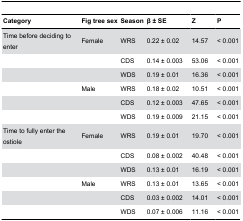
<table><thead><tr><td><b>Category</b></td><td><b>Fig tree sex</b></td><td><b>Season</b></td><td><b>β ± SE</b></td><td><b>Z</b></td><td><b>P</b></td></tr></thead><tbody><tr><td>Time before deciding to enter</td><td>Female</td><td>WRS</td><td>0.22 ± 0.02</td><td>14.57</td><td>&lt; 0.001</td></tr><tr><td></td><td></td><td>CDS</td><td>0.14 ± 0.003</td><td>53.06</td><td>&lt; 0.001</td></tr><tr><td></td><td></td><td>WDS</td><td>0.19 ± 0.01</td><td>16.36</td><td>&lt; 0.001</td></tr><tr><td></td><td>Male</td><td>WRS</td><td>0.18 ± 0.02</td><td>10.51</td><td>&lt; 0.001</td></tr><tr><td></td><td></td><td>CDS</td><td>0.12 ± 0.003</td><td>47.65</td><td>&lt; 0.001</td></tr><tr><td></td><td></td><td>WDS</td><td>0.19 ± 0.009</td><td>21.15</td><td>&lt; 0.001</td></tr><tr><td>Time to fully enter the ostiole</td><td>Female</td><td>WRS</td><td>0.19 ± 0.01</td><td>19.70</td><td>&lt; 0.001</td></tr><tr><td></td><td></td><td>CDS</td><td>0.08 ± 0.002</td><td>40.48</td><td>&lt; 0.001</td></tr><tr><td></td><td></td><td>WDS</td><td>0.13 ± 0.01</td><td>16.19</td><td>&lt; 0.001</td></tr><tr><td></td><td>Male</td><td>WRS</td><td>0.13 ± 0.01</td><td>13.65</td><td>&lt; 0.001</td></tr><tr><td></td><td></td><td>CDS</td><td>0.03 ± 0.002</td><td>14.01</td><td>&lt; 0.001</td></tr><tr><td></td><td></td><td>WDS</td><td>0.07 ± 0.006</td><td>11.16</td><td>&lt; 0.001</td></tr></tbody></table>